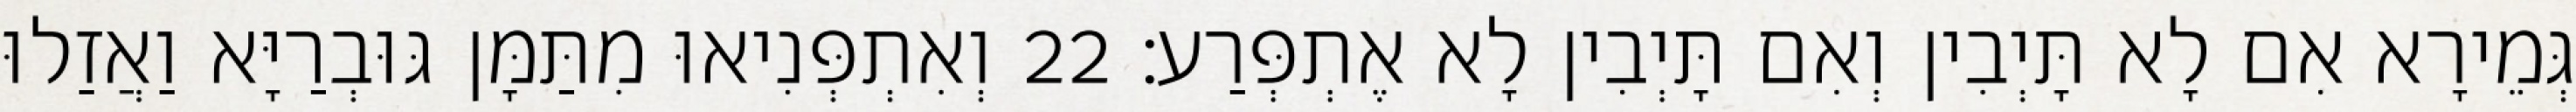
גְּמֵירָא אִם לָא תָּיְבִין וְאִם תָּיְבִין לָא אֶתְפְּרַע׃ 22 וְאִתְפְּנִיאוּ מִתַּמָּן גּוּבְרַיָּא וַאֲזַלוּ